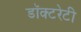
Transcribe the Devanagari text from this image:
डॉक्टरेटी